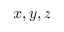
x , y , z